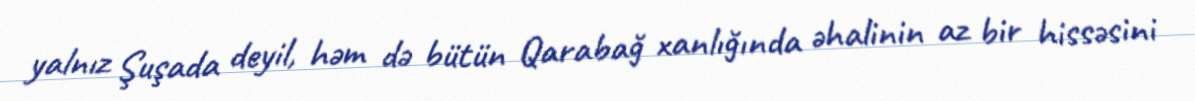
yalnız Şuşada deyil, həm də bütün Qarabağ xanlığında əhalinin az bir hissəsini